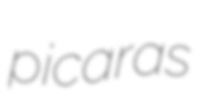
picaras